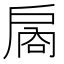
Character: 𪭙